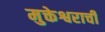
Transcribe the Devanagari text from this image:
मुक्तेश्वराची